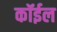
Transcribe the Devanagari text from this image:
कॉईल